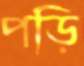
পড়ি